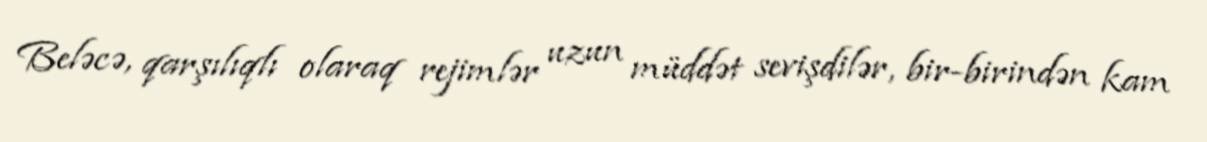
Beləcə, qarşılıqlı olaraq rejimlər uzun müddət sevişdilər, bir-birindən kam